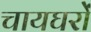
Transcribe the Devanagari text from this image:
चायघरों